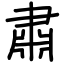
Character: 肅